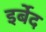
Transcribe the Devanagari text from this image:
इर्बेद